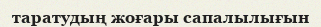
таратудың жоғары сапалылығын